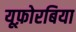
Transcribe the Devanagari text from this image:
यूफ़ोरबिया